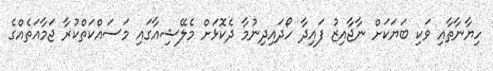
ހިޔާނާތާއި ވަކި ބަޔަކަށް ނާޖާއިޒު ފައިދާ ހޯދައިދިނުމާ ދެކޮޅަށް މެލޭޝިއާގައި މަސައްކަތްކުރާ ޖަމާއަތެއްގެ